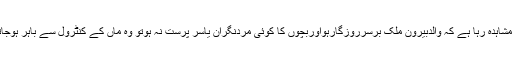
یہ بھی مشاہدہ رہا ہے کہ والدبیرون ملک برسرروزگارہواوربچوں کا کوئی مردنگران یاسر پرست نہ ہوتو وہ ماں کے کنٹرول سے باہر ہوجاتے ہیں۔